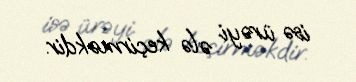
isə ürəyi ələ keçirməkdir.